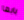
بابها